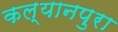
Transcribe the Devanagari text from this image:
कल्यानपुरा